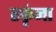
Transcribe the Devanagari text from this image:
रकृंना